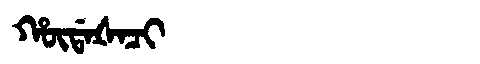
Manchu: ᡥᡡᡩᠠᡧᠠᠴᡳ
Romanization: HŪDAŠACI